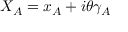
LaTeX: X _ { \cal A } = x _ { \cal A } + i \theta \gamma _ { \cal A }